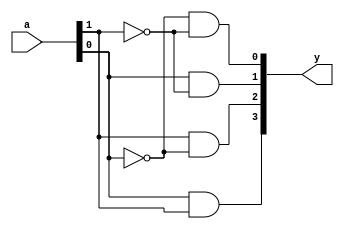

module Decoder_2_4(input [1:0] a, output [3:0] y);
    wire w1, w2;
    not(w1, a[0]);
    not(w2, a[1]);
    and(y[0], w1, w2);

    wire w3;
    not(w3, a[0]);
    and(y[2], a[1], w3);

    wire w4;
    not(w4, a[1]);
    and(y[1], a[0], w4);

    and(y[3], a[0], a[1]);

endmodule